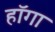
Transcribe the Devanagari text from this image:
हॉगा